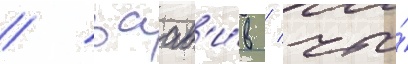
/ заав'и́в / что́